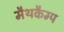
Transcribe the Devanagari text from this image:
मैथकैम्प